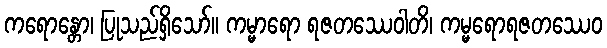
ကရောန္တော၊ ပြုသည်ရှိသော်။ ကမ္မာရော ရဇတဿေဝါတိ၊ ကမ္မရောရဇတဿေဝ